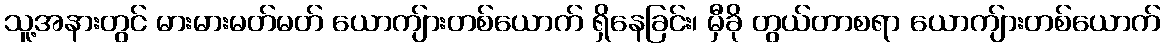
သူ့အနားတွင် မားမားမတ်မတ် ယောကျ်ားတစ်ယောက် ရှိနေခြင်း၊ မှီခို တွယ်တာစရာ ယောကျ်ားတစ်ယောက်